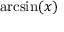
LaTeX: \arcsin ( x )